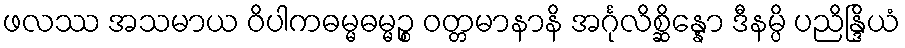
ဖလဿ အသမာယ ဝိပါကဓမ္မဓမ္မဉ္စ ဝတ္တမာနာနိ အင်္ဂုလိစ္ဆိန္နော ဒီနမ္ပိ ပညိန္ဒြိယံ